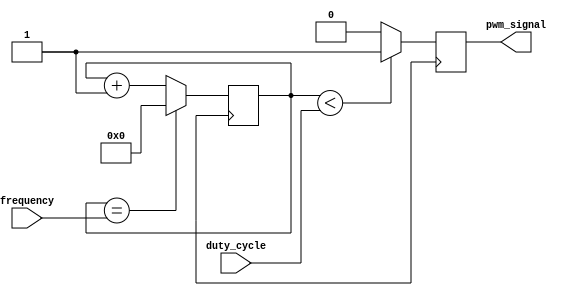
module PWM_generator (
    input wire [7:0] duty_cycle,
    input wire [15:0] frequency,
    output reg pwm_signal
);

reg [15:0] count;

always @ (posedge clk) begin
    if (count < duty_cycle) begin
        pwm_signal <= 1;
    end else begin
        pwm_signal <= 0;
    end
    
    count <= count + 1;
    if (count == frequency) begin
        count <= 0;
    end
end

endmodule